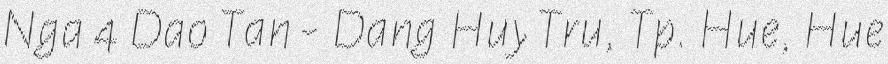
Nga 4 Dao Tan - Dang Huy Tru, Tp. Hue, Hue